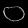
Digit: ၀